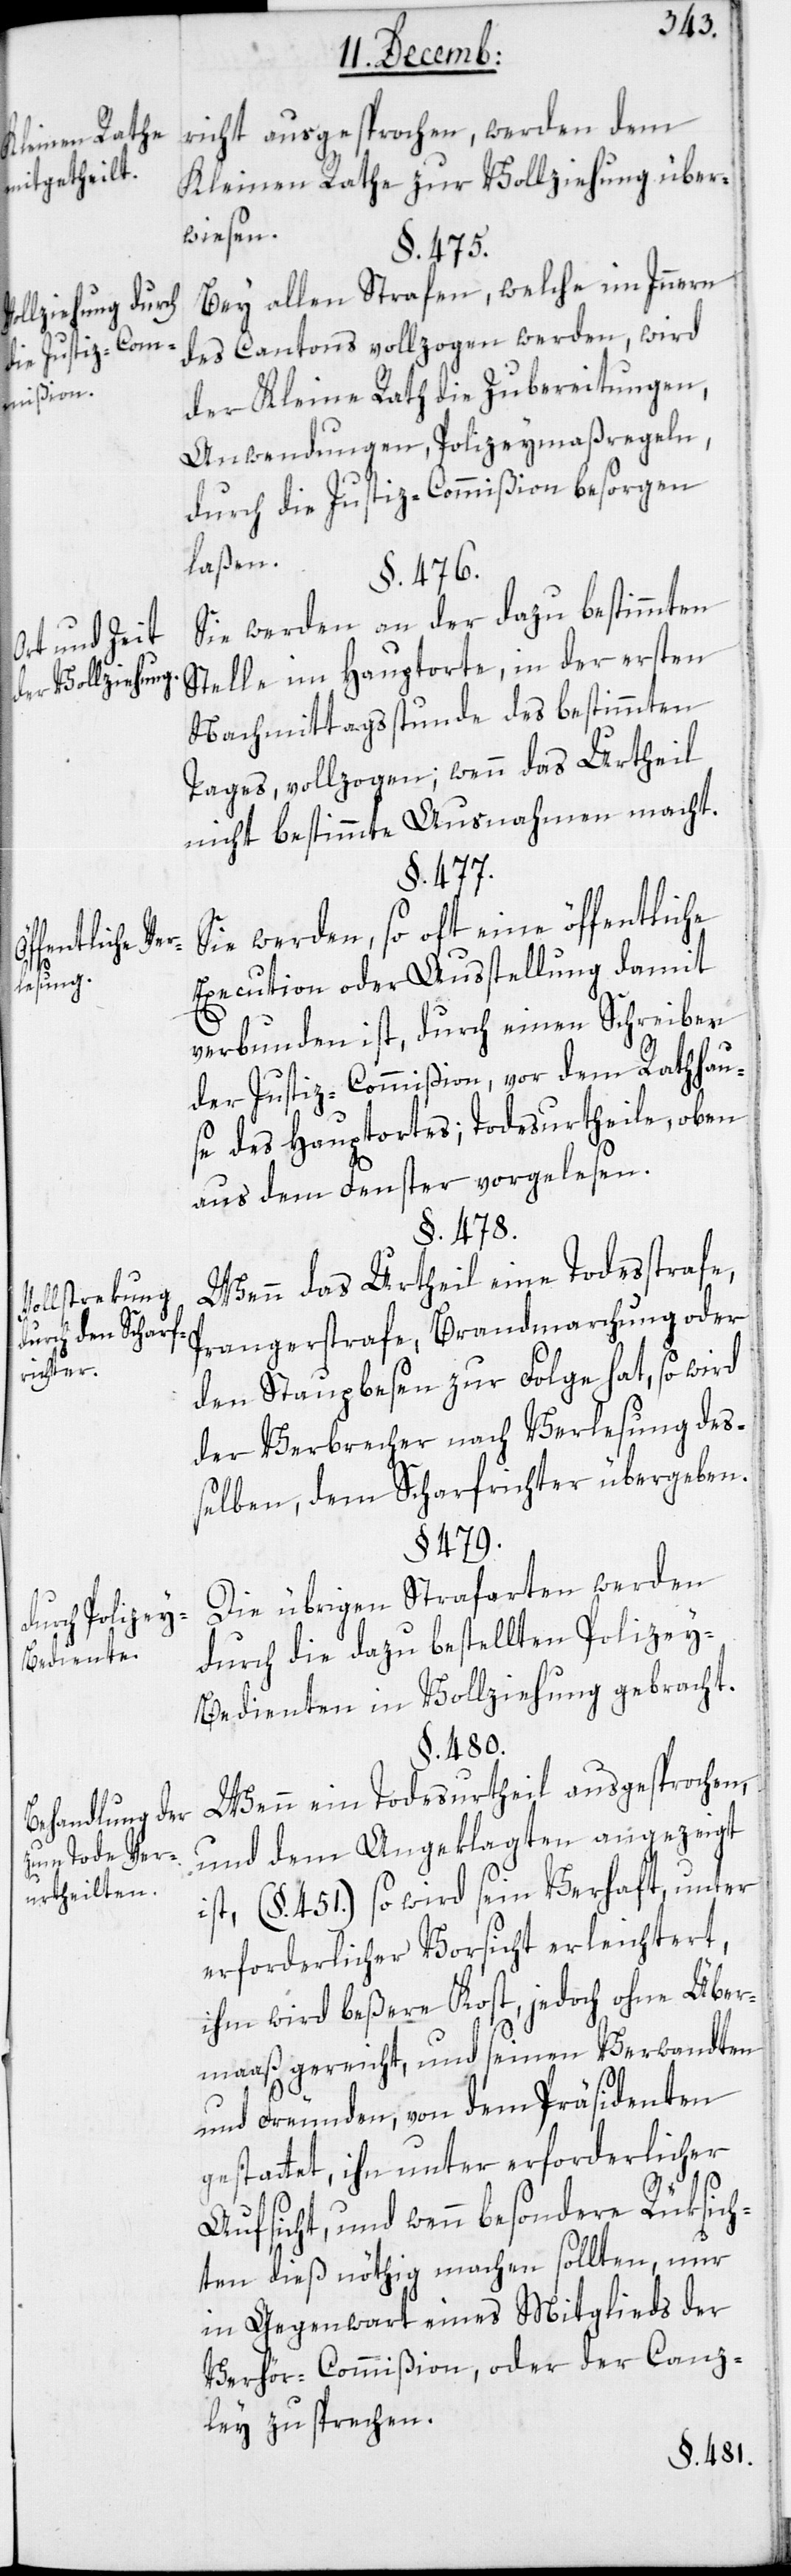
llziehung durch
die Justiz-Com¬
mißion.
Ort und Zeit
der Vollziehung.
Vollstrekung
durch den Schar¬
f-Richter.
Durch Polizey-B¬
ediente.
Behandlung der
zum Tode Ver¬
urtheilten.

Vo¬
richt ausgesprochen, werden dem
Kleinen Rathe zur Vollziehung über¬
wiesen.
§. 479.
Bey allen Strafen, welche im Innern
des Cantons vollzogen werden, wird
der Kleine Rath die Zubereitungen,
Anwendungen, Polizeymaßregeln,
durch die Justiz-Commißion besorgen
laßen.
§. 476.
Sie werden an der dazu bestimmten
Stelle im Hauptorte, in der ersten
Nachmittagsstunde des bestimmten
Tages, vollzogen, wenn das Urtheil
nicht bestimmte Ausnahmen macht.
§. 477.
Sie werden, so oft eine öffentliche
Execution oder Ausstellung damit
verbunden ist, durch einen Schreiber
der Justiz-Commißion vor dem Rathhaus¬
e des Hauptortes; Todesurtheile oben
aus dem Fenster vorgelesen.
Wenn das Urtheil eine Todesstrafe,
Prangerstrafe, Brandmarchung oder
den Staupbesen zur Folge hat, so wird
der Verbrecher nach Verlesung des¬
selben, dem Scharfrichter übergeben.
Die übrigen Strafarten werden
durch die dazu beßtellten Polizey-B¬
edienten in Vollziehung gebracht.
§. 480.
Wenn ein Todesurtheil ausgesprochen,
und dem Angeklagten angezeigt
ist (§. 451.), so wird sein Verhaft, unter
erforderlicher Vorsicht erleichtert,
ihm wird beßere Kost, jedoch ohne Über¬
maaß gereicht, und seinen Verwandten
und Freunden von dem Präsidenten
gestattet, ihn unter erforderlicher
Aufsicht, und wenn besondere Rüksich¬
ten dieß nöthig machen sollten, nur
in Gegenwart eines Mitglieds der
Verhör-Commißion oder der Canz¬
ley zu sprechen.